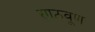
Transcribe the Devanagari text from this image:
साठवूण